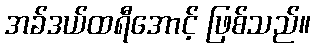
အခ်ဒယ်ထရီအောင့် ဖြစ်သည်။